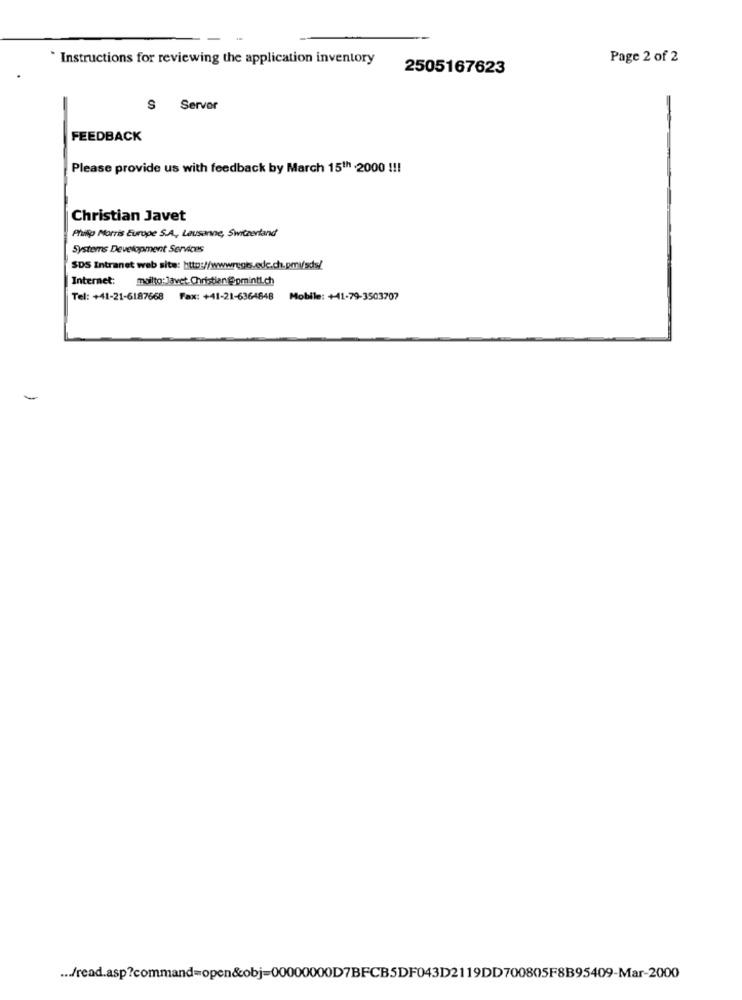
` Instructions for reviewing the application inventory
Page 2 of 2
2505167623
Server
FEEDBACK
Please provide us with feedback by March 151h .2000 !!!
Christian Javet
Philip Morris Europe S.A ., Lausanne, Switzerland
Systems Development Services
SDS Intranet web site: http://wwwregis.edc.ch.pmv/sds/
Internet: mailto:Javet.Christian@@pmintLch
Tel: +41-21-6187668 Fax: +41-21-6364848
Mobile: +41-79-3503707
... /read.asp?command=open&obj-00000000D7BFCB5DF043D2119DD700805F8B95409-Mar-2000